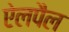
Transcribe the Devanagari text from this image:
ऐलपैल